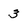
Character: 3